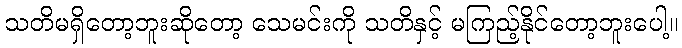
သတိမရှိတော့ဘူးဆိုတော့ သေမင်းကို သတိနှင့် မကြည့်နိုင်တော့ဘူးပေါ့။